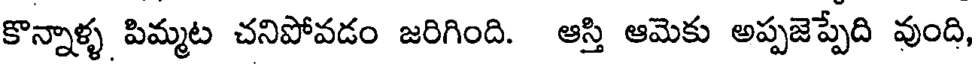
కొన్నాళ్ళ పిమ్మట చనిపోవడం జరిగింది. ఆస్తి ఆమెకు అప్పజెప్పేది వుంది,